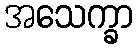
အသေက္ခာ